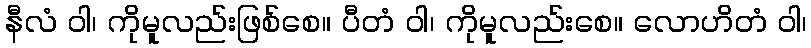
နီလံ ဝါ၊ ကိုမူလည်းဖြစ်စေ။ ပီတံ ဝါ၊ ကိုမူလည်းစေ။ လောဟိတံ ဝါ၊